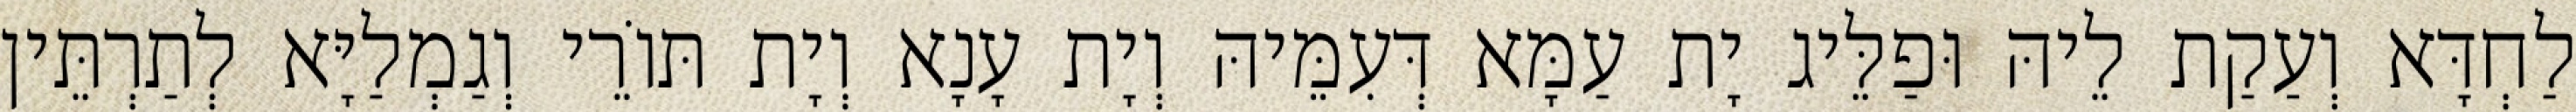
לַחְדָּא וְעַקַת לֵיהּ וּפַלֵּיג יָת עַמָּא דְּעִמֵּיהּ וְיָת עָנָא וְיָת תּוֹרֵי וְגַמְלַיָּא לְתַרְתֵּין